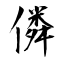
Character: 僯